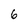
Character: 6